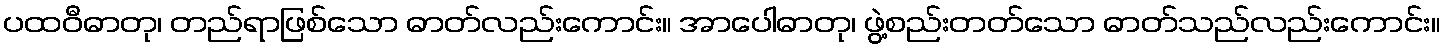
ပထဝီဓာတု၊ တည်ရာဖြစ်သော ဓာတ်လည်းကောင်း။ အာပေါဓာတု၊ ဖွဲ့စည်းတတ်သော ဓာတ်သည်လည်းကောင်း။